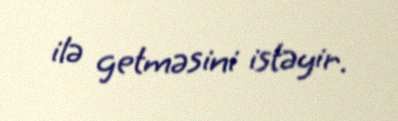
ilə getməsini istəyir.